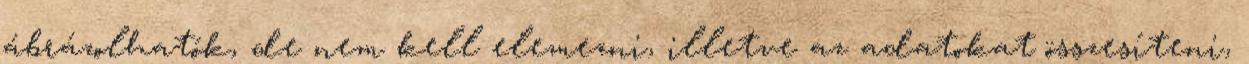
ábrázolhatók, de nem kell elemezni, illetve az adatokat összesíteni,